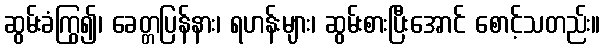
ဆွမ်းခံကြွ၍၊ ခေတ္တပြန်နား၊ ရဟန်းများ၊ ဆွမ်းစားပြီးအောင် စောင့်သတည်း။